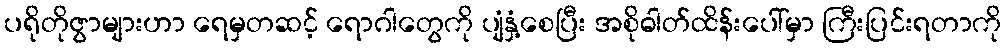
ပရိုတိုဇွာများဟာ ရေမှတဆင့် ရောဂါတွေကို ပျံနှံ့စေပြီး အစိုဓါတ်ထိန်းပေါ်မှာ ကြီးပြင်းရတာကို